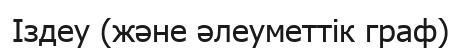
Іздеу (және әлеуметтік граф)